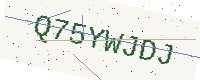
Text: Q75YWJDJ